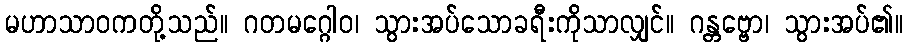
မဟာသာဝကတို့သည်။ ဂတမဂ္ဂေါဝ၊ သွားအပ်သောခရီးကိုသာလျှင်။ ဂန္တဗ္ဗော၊ သွားအပ်၏။